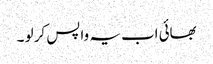
بھائی اب یہ واپس کر لو ۔